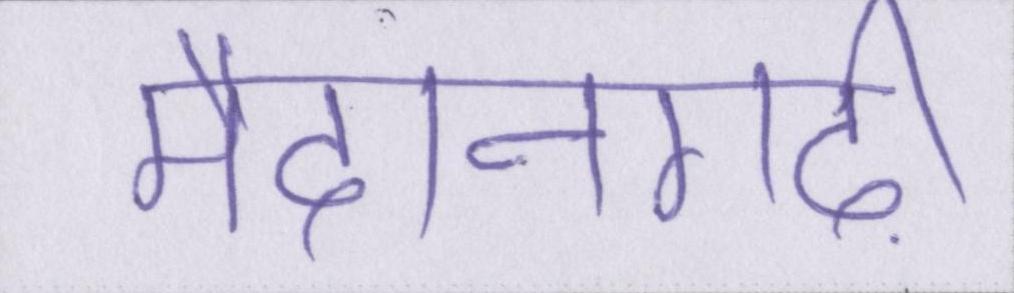
मैदानगढ़ी